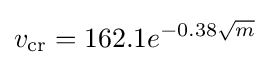
v_{\text{cr}}=162.1e^{-0.38{\sqrt {m}}}